Bréfritari: Þórunn Pálsdóttir
Viðtakandi: Páll Pálsson
Dagsetning: A-1858-09-23
Skrifað á: Hallfreðarstöðum  N-Múl.
Páll var bróðir Þórunnar

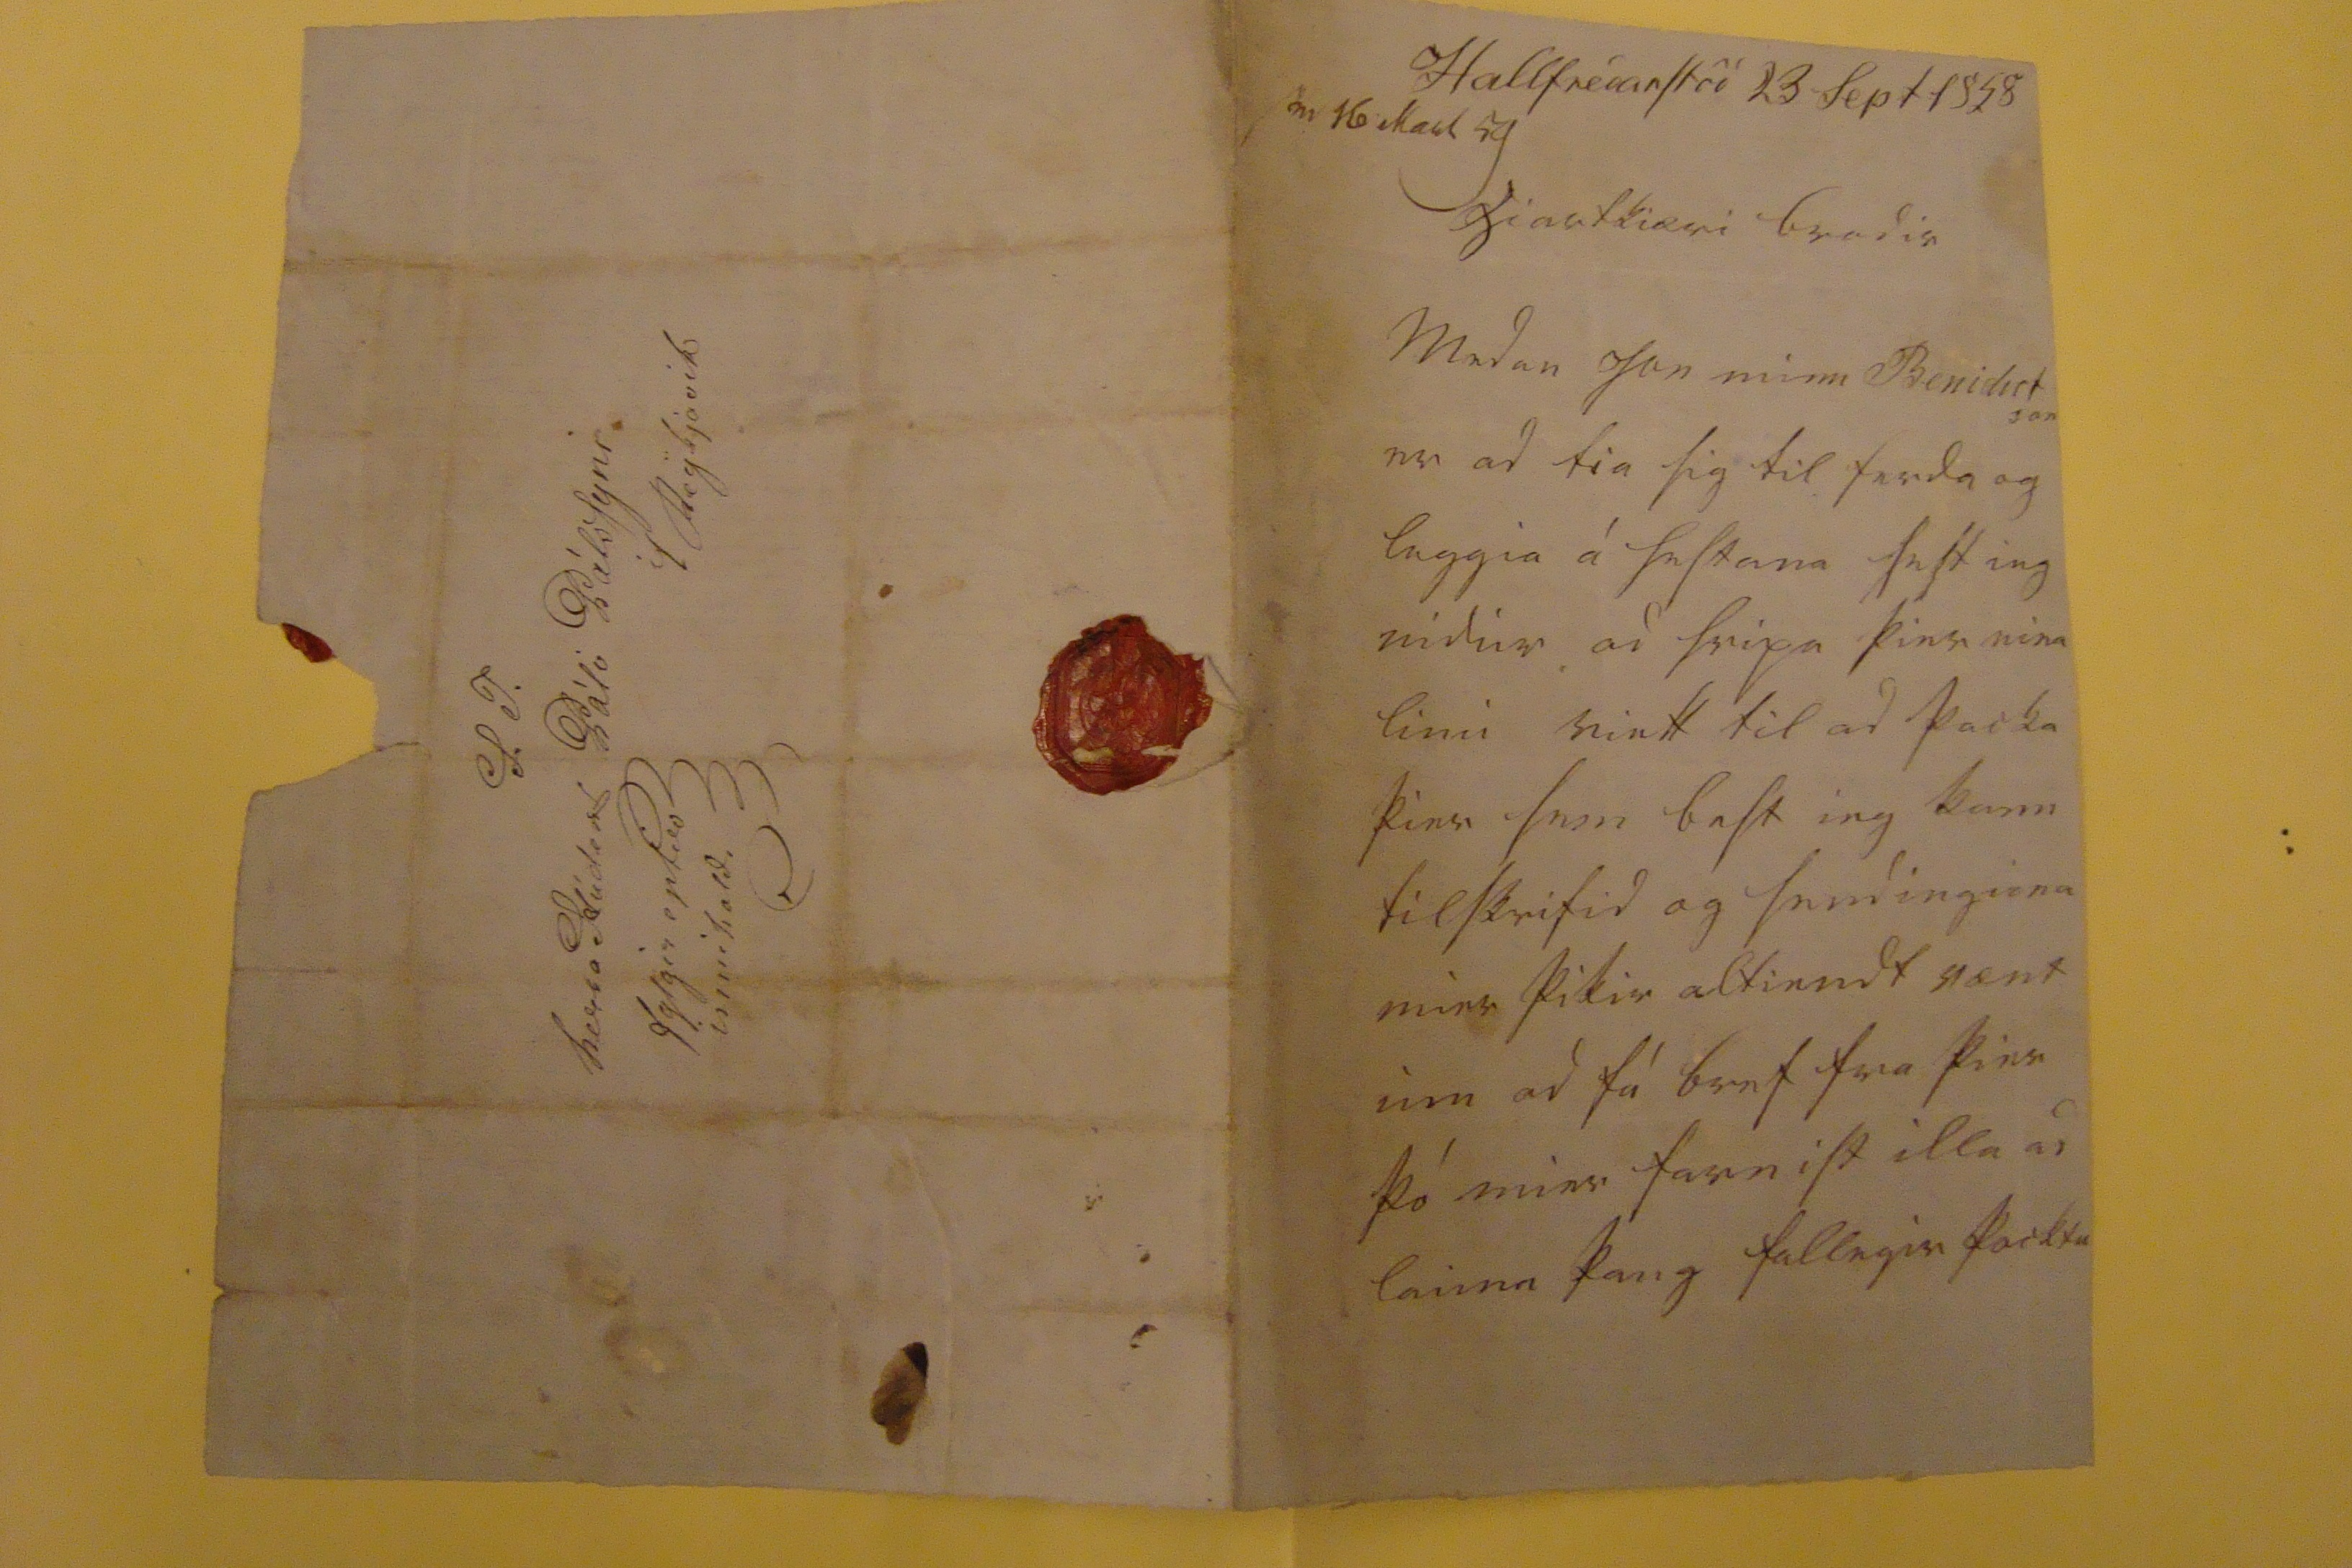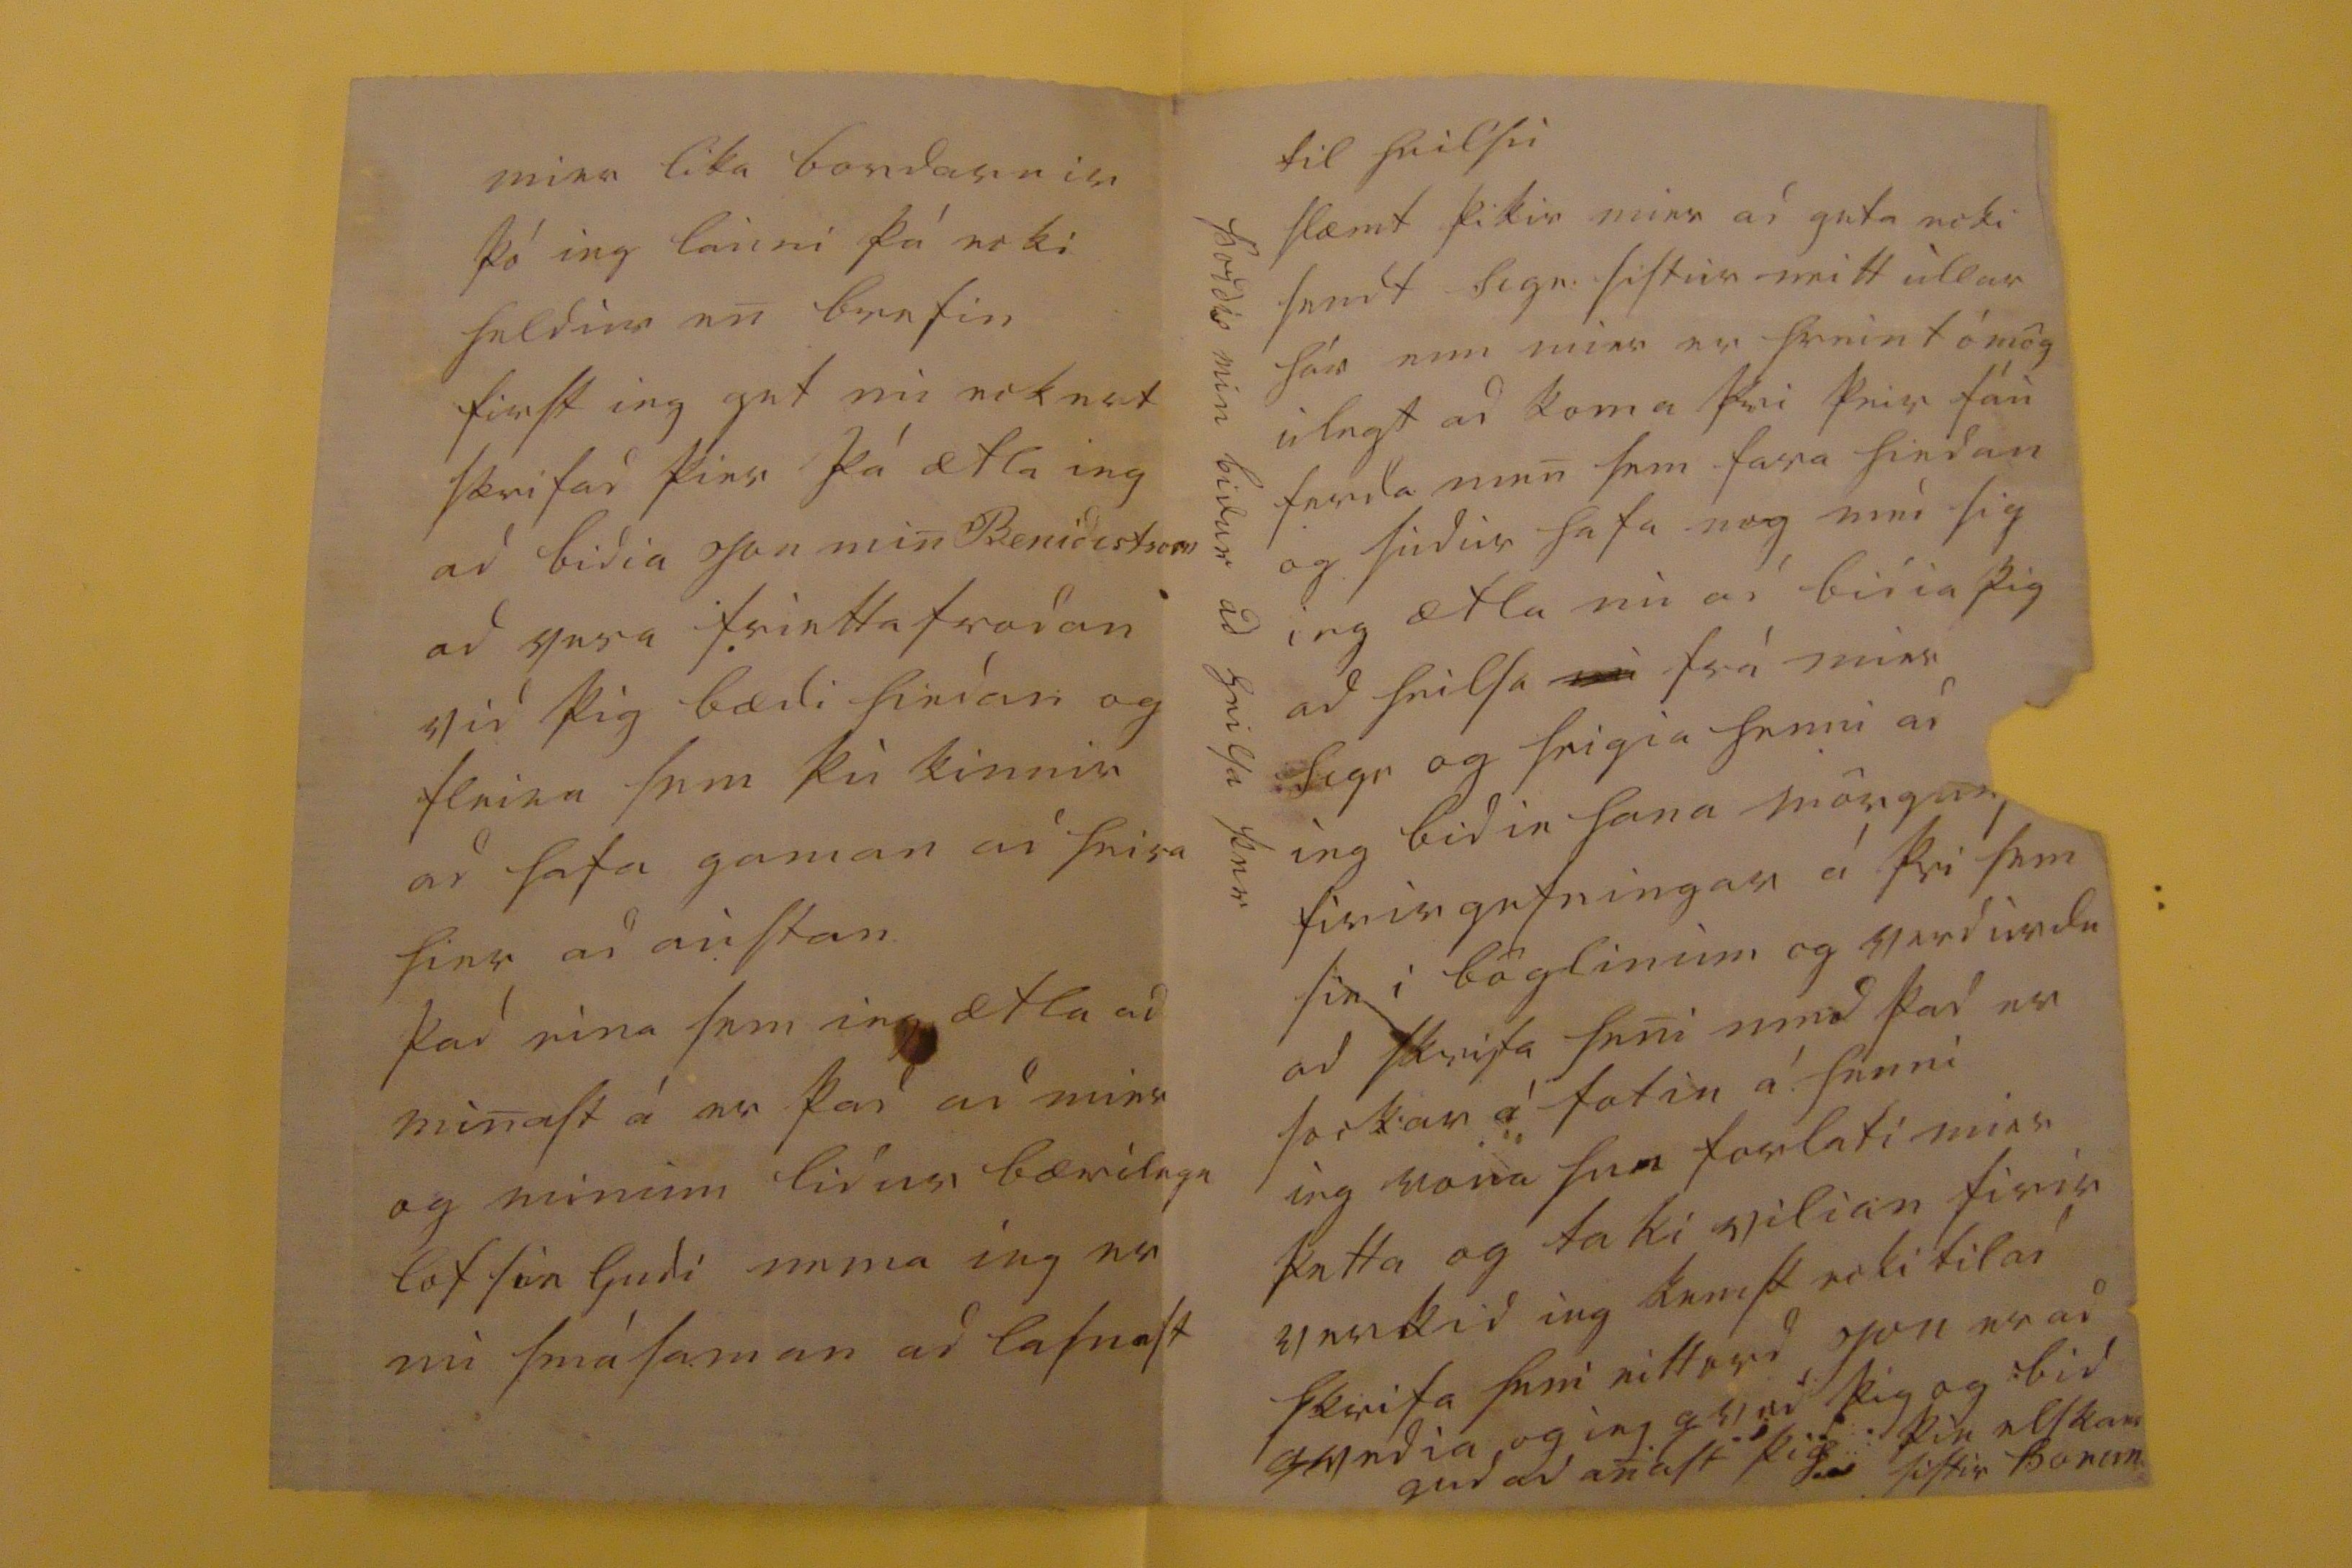

Hallfredarstöd 23 Sept 1858
s0 16 Mars 59
hiartkiæri brodir
Medan Jon minn Benidictson er ad tia sig til ferda og leggia á hestana sest ieg nidur ad hripa þier eina linu riett til ad þacka þier sem best ieg kann tilskrifid og sendinguna mier þikir altiendt vænt um ad fá bref fra þier þó mier farnist illa ad launa þaug fallegir þocktu
mier lika bordarnir þó ieg launi þá ecki heldur en brefin first ieg get nu eckert skrifad þier þá ætla ieg ad bidia Jon min Benidictson ad vera friettafrodan vid þig bædi hiedan og fleira sem þu kinnir ad hafa gaman ad heira hier ad austan þad eina sem ieg ætla ad minast á er þad ad mier og minum lidur bærilega lof sie Gudi nema ieg er nu smá saman ad lasnast
til heilsu slæmt þikir mier ad geta ecki sendt Sigr. sistur neitt ullar hár enn mier er hreint ómög ulegt ad koma þvi þeir fáu ferdamen sem fara hiedan og sudur hafa nog med sig ieg ætla nu ad bidia þig ad heilsa
nu
fra mier Sigr og seigia henni ad ieg bidin hana mörgum firirgefningar á þvi sem sie i böglinum og verdurdu ad skrifa heni med þad er sockar á fotin á henni ieg vona hun forlati mier þetta og taki vilian firir verkid ieg kemst ecki til ad skrifa heni eitt ord Jon er ad qvedia og ieg qved þig og bid gud ad anast þig
000
þin elskand sistir
Þorun
Þordis min bidur ad heilsa þer
S. T. herra Sudent Páli Pálssyni i Reykjavik
fylgir eptir innihaldi